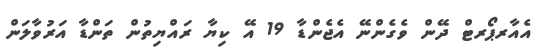
އެއާރޕޯރޓް ދޭން ވެގެންނޭ އެޖެންޑާ 19 އޭ ކިޔާ ރައްޔިތުން ތަންޑާ އަރުވާލަން